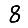
Digit: 8